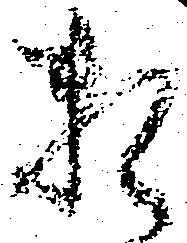
頼